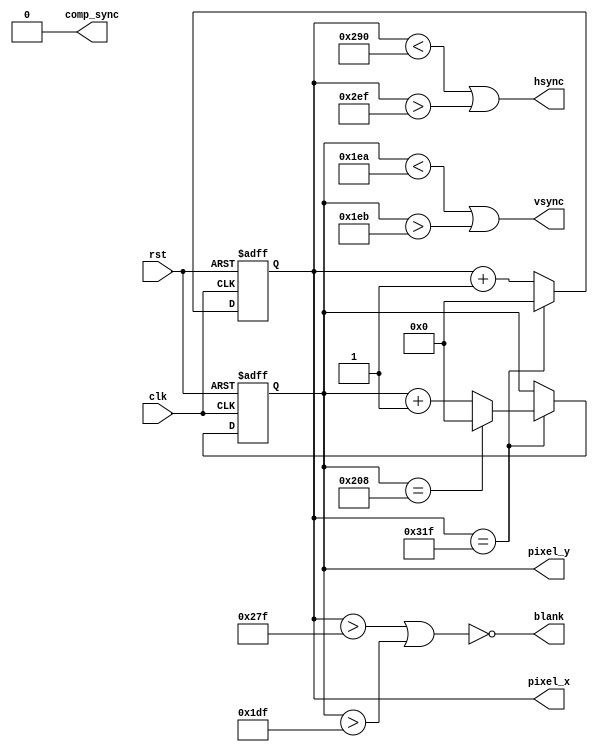
`timescale 1ns / 1ps
//////////////////////////////////////////////////////////////////////////////////
// Company: 
// Engineer: 
// 
// Design Name: 
// Module Name:    vga_logic 
// Project Name: 
// Target Devices: 
// Tool versions: 
// Description: 
//
// Dependencies: 
//
// Revision: 
// Revision 0.01 - File Created
// Additional Comments: 
//
//////////////////////////////////////////////////////////////////////////////////
module vga_logic(clk, rst, blank, comp_sync, hsync, vsync, pixel_x, pixel_y);
    input clk;
    input rst;
	 output blank;
	 output comp_sync;
    output hsync;
    output vsync;
    output [9:0] pixel_x;
    output [9:0] pixel_y;
	 
	 reg [9:0] pixel_x;
	 reg [9:0] pixel_y;
	 
	 // pixel_count logic
	 wire [9:0] next_pixel_x;
	 wire [9:0] next_pixel_y;
	 assign next_pixel_x = (pixel_x == 10'd799)? 0 : pixel_x+1;
	 assign next_pixel_y = (pixel_x == 10'd799)?
	                             ((pixel_y == 10'd520) ? 0 : pixel_y+1)
										  : pixel_y;
	 
	 always@(posedge clk, posedge rst)
	   if(rst) begin
		  pixel_x <= 10'h0;
		  pixel_y <= 10'h0;
		end else begin
		  pixel_x <= next_pixel_x;
		  pixel_y <= next_pixel_y;
		end
		
		assign hsync = (pixel_x < 10'd656) || (pixel_x > 10'd751); // 96 cycle pulse
		assign vsync = (pixel_y < 10'd490) || (pixel_y > 10'd491); // 2 cycle pulse
		assign blank = ~((pixel_x > 10'd639) | (pixel_y > 10'd479));
		assign comp_sync = 1'b0; // don't know, dont use
	 
endmodule